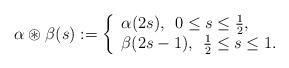
LaTeX: \begin{align*} {\alpha\circledast \beta}(s):= \left\{ \begin{array}{l} \alpha(2s),\:\: 0\leq s\leq \frac{1}{2},\\ \beta(2s-1),\:\: \frac{1}{2}\leq s\leq 1. \end{array} \right. \end{align*}